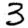
Digit: 3